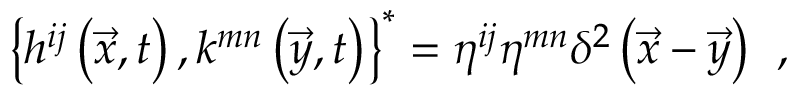
\left\{ h ^ { i j } \left( \vec { x } , t \right) , k ^ { m n } \left( \vec { y } , t \right) \right\} ^ { * } = \eta ^ { i j } \eta ^ { m n } \delta ^ { 2 } \left( \vec { x } - \vec { y } \right) \; \, ,